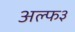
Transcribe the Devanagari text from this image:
अल्फ३